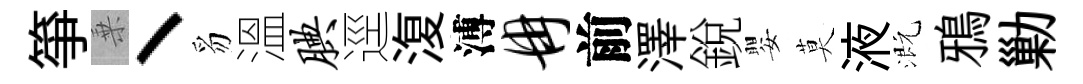
箏乗丶豸溫腆逕𣸪溥冉前澤銳嬰莫液溉鴉勦